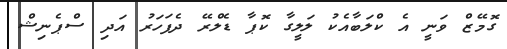
ގޮމޭޒް ވަނީ އެ ކްލަބާއެކު ލަލީގާ ކޮޕާ ޑެލްރޭ ދެފަހަރު އަދި ސްޕެނިޝް